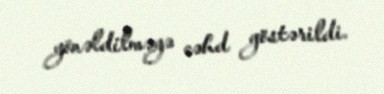
yönəldilməyə cəhd göstərildi.